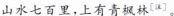
山水七百里，上有青枫林^{[注]}。